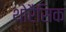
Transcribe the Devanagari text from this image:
थोरैसिक